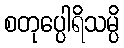
စတုပ္ပေါရိသမ္ပိ